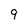
Character: 9